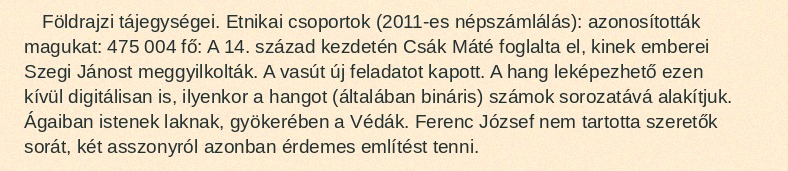
Földrajzi tájegységei. Etnikai csoportok (2011-es népszámlálás): azonosították magukat: 475 004 fő: A 14. század kezdetén Csák Máté foglalta el, kinek emberei Szegi Jánost meggyilkolták. A vasút új feladatot kapott. A hang leképezhető ezen kívül digitálisan is, ilyenkor a hangot (általában bináris) számok sorozatává alakítjuk. Ágaiban istenek laknak, gyökerében a Védák. Ferenc József nem tartotta szeretők sorát, két asszonyról azonban érdemes említést tenni.